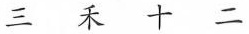
三 禾 十 二